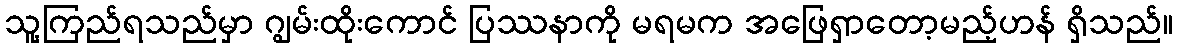
သူ့ကြည်ရသည်မှာ ဂျွမ်းထိုးကောင် ပြဿနာကို မရမက အဖြေရှာတော့မည့်ဟန် ရှိသည်။